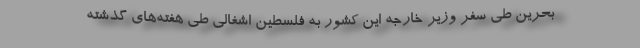
بحرین طی سفر وزیر خارجه این کشور به فلسطین اشغالی طی هفته‌های گذشته